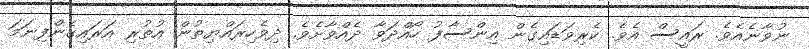
ނުވާނެއެވެ. ރައީސް އެވެ. ކެރިވަޑައިގެން އިންސާފު ހޯއްދަވާ ދެއްވާށެވެ. ދިވެހިރައްޔިތުން އުތުރި އަރައިގެންފިނަމަ